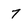
Character: 7